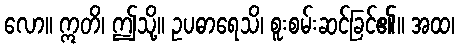
လော။ ဣတိ၊ ဤသို့။ ဥပဓာရေသိ၊ စူးစမ်းဆင်ခြင်၏။ အထ၊